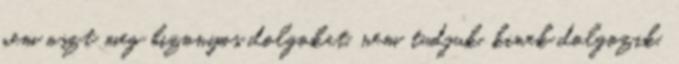
nem oszt meg bizonyos dolgokat, nem tudjuk, kinek dolgozik,